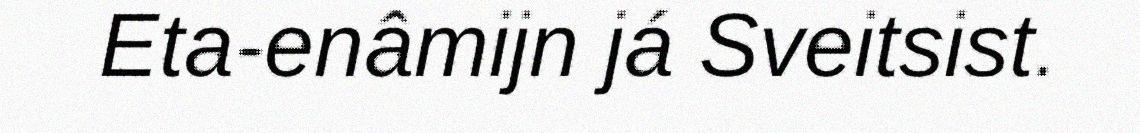
Eta-enâmijn já Sveitsist.